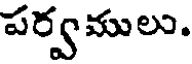
పర్వములు.